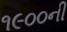
૧૯૦૦ની